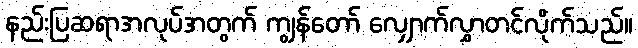
နည်းပြဆရာအလုပ်အတွက် ကျွန်တော် လျှောက်လွှာတင်လိုက်သည်။